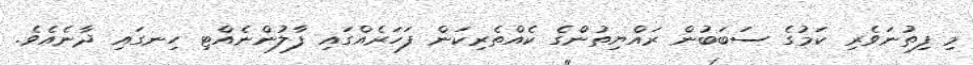
މި ފިތުނަވެރި ކަމުގެ ސަބަބުން ރައްޔިތުންގެ ކެއްތެރިކަން ފަހަރެއްގައި ފާލުންނެއްޓި ހިނގައި ދާނެއެވެ.